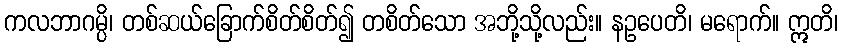
ကလဘာဂမ္ပိ၊ တစ်ဆယ်ခြောက်စိတ်စိတ်၍ တစိတ်သော အဘို့သို့လည်း။ နဥပေတိ၊ မရောက်။ ဣတိ၊